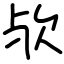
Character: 欤